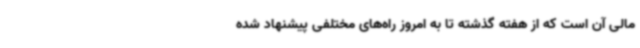
مالی آن است که از هفته گذشته تا به امروز راه‌های مختلفی پیشنهاد شده